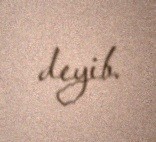
deyib.